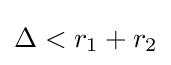
\Delta <r_{1}+r_{2}